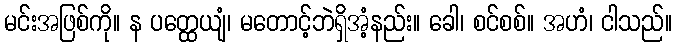
မင်းအဖြစ်ကို။ န ပတ္ထေယျံ၊ မတောင့်ဘဲရှိအံ့နည်း။ ခေါ၊ စင်စစ်။ အဟံ၊ ငါသည်။